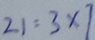
2 1 = 3 \times 7